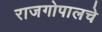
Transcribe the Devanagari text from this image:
राजगोपालचे